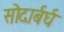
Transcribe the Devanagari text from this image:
सोदार्बर्घ